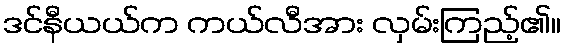
ဒင်နီယယ်က ကယ်လီအား လှမ်းကြည့်၏။